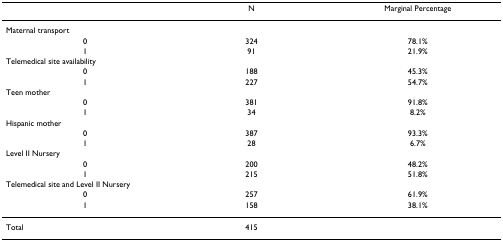
<table><thead><tr><td></td><td><b>N</b></td><td><b>Marginal Percentage</b></td></tr></thead><tbody><tr><td>Maternal transport</td><td></td><td></td></tr><tr><td>0</td><td>324</td><td>78.1%</td></tr><tr><td>1</td><td>91</td><td>21.9%</td></tr><tr><td>Telemedical site availability</td><td></td><td></td></tr><tr><td>0</td><td>188</td><td>45.3%</td></tr><tr><td>1</td><td>227</td><td>54.7%</td></tr><tr><td>Teen mother</td><td></td><td></td></tr><tr><td>0</td><td>381</td><td>91.8%</td></tr><tr><td>1</td><td>34</td><td>8.2%</td></tr><tr><td>Hispanic mother</td><td></td><td></td></tr><tr><td>0</td><td>387</td><td>93.3%</td></tr><tr><td>1</td><td>28</td><td>6.7%</td></tr><tr><td>Level II Nursery</td><td></td><td></td></tr><tr><td>0</td><td>200</td><td>48.2%</td></tr><tr><td>1</td><td>215</td><td>51.8%</td></tr><tr><td>Telemedical site and Level II Nursery</td><td></td><td></td></tr><tr><td>0</td><td>257</td><td>61.9%</td></tr><tr><td>1</td><td>158</td><td>38.1%</td></tr><tr><td>Total</td><td>415</td><td></td></tr></tbody></table>